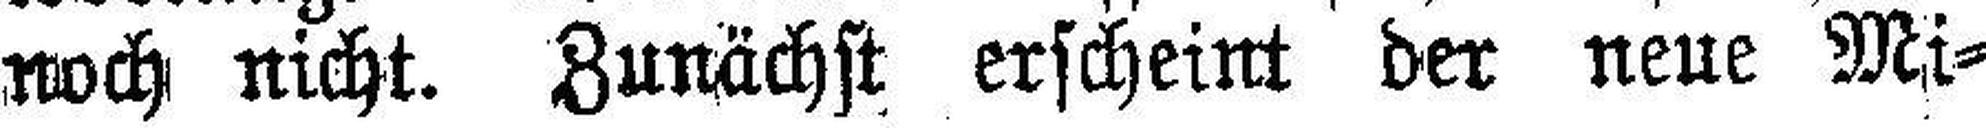
noch nicht. Zunächst erscheint der neue Mi¬